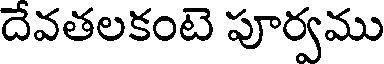
దేవతలకంటె పూర్వము